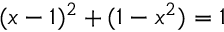
( x - 1 ) ^ { 2 } + ( 1 - x ^ { 2 } ) = 1